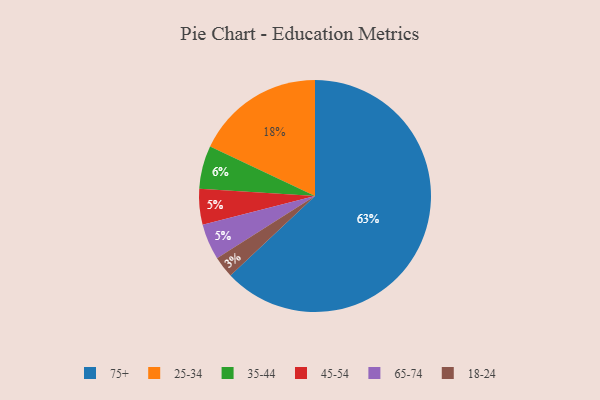
{"axis": {"x": "Category", "y": "Percentage"}, "legend": ["18-24", "25-34", "35-44", "45-54", "65-74", "75+"], "data": [{"x": "25-34", "y": 18, "type": "25-34"}, {"x": "45-54", "y": 5, "type": "45-54"}, {"x": "75+", "y": 63, "type": "75+"}, {"x": "35-44", "y": 6, "type": "35-44"}, {"x": "65-74", "y": 5, "type": "65-74"}, {"x": "18-24", "y": 3, "type": "18-24"}]}